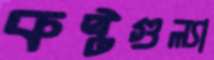
কষ্টগুল্যা